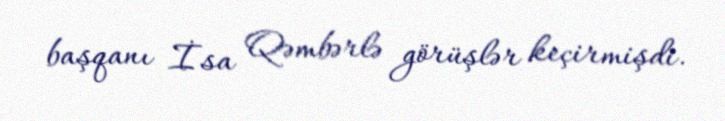
başqanı İsa Qəmbərlə görüşlər keçirmişdi.